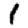
Digit: 1